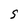
Character: S